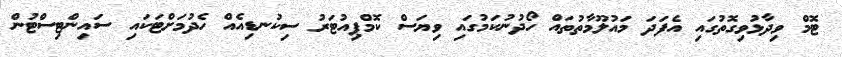
ޓޮމް ވިދާޅުވިގޮތުގައި އެފަދަ މައުލޫމާތުތައް ހޯދުނުކަމުގައި ވިޔަސް ކޮމްޕިއުޓަރު ސިކުނޑިއެއް ހެދުމަށްޓަކައި ސައިންޓިސްޓުން